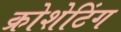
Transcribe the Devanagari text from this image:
क्रोशेटिंग